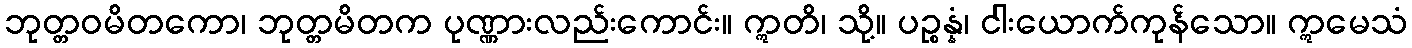
ဘုတ္တဝမိတကော၊ ဘုတ္တမိတက ပုဏ္ဏားလည်းကောင်း။ ဣတိ၊ သို့။ ပဉ္စန္နံ၊ ငါးယောက်ကုန်သော။ ဣမေသံ